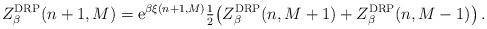
LaTeX: \begin{align*}Z_\beta^{\rm DRP}(n+1,M) = \mathrm{e}^{\beta \xi(n+1, M) } \tfrac{1}{2}\big( Z_\beta^{\rm DRP}(n,M+1) + Z_\beta^{\rm DRP}(n,M-1)\big)\,.\end{align*}